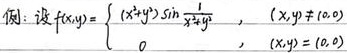
例：设\(f(x,y)=\begin{cases}(x^{2}+y^{2})\sin\frac{1}{x^{2}+y^{2}}&,(x,y)\neq(0,0)\\0&,(x,y)=(0,0)\end{cases}\)